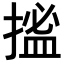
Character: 𢱮